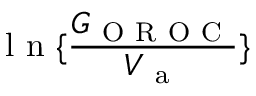
\mathrm { ~ l ~ n ~ } \{ \frac { G _ { \mathrm { ~ O ~ R ~ O ~ C ~ } } } { V _ { \mathrm { ~ a ~ } } } \}